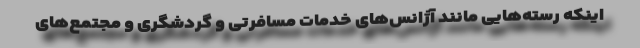
اینکه رسته‌هایی مانند آژانس‌های خدمات مسافرتی و گردشگری و مجتمع‌های